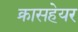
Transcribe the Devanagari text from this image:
क्रासहेयर